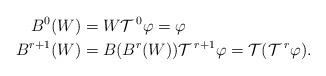
LaTeX: \begin{align*}B^0(W) & = W \mathcal{T}^{\: 0} \varphi = \varphi \\B^{r+1}(W) & = B(B^r(W)) \mathcal{T}^{\: r+1} \varphi = \mathcal{T}(\mathcal{T}^{\: r} \varphi).\end{align*}